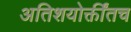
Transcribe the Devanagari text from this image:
अतिशयोक्तींतच